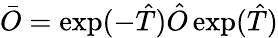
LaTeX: \bar{O}=\exp(-\hat{T})\hat{O}\exp(\hat{T})